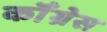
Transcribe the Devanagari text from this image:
कॉँंग्रेस